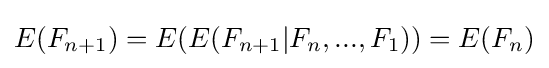
E(F_{n+1})=E(E(F_{n+1}|F_{n},...,F_{1}))=E(F_{n})